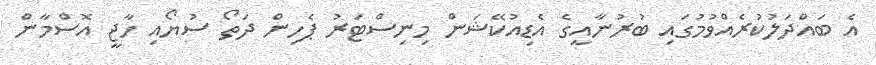
އެ ބައްދަލުކުރެއްވުމުގައި ބުރުނާއީގެ އެޑިއުކޭޝަން މިނިސްޓަރު ޕެހިން ދަތޯ ސުޔޯއި ހާޖީ އޮސްމާން